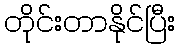
တိုင်းတာနိုင်ပြီး